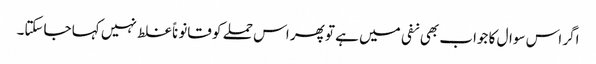
اگر اس سوال کا جواب بھی نفی میں ہے تو پھر اس حملے کو قانوناً غلط نہیں کہا جاسکتا۔